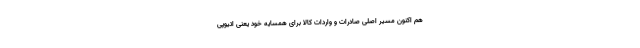
هم اکنون مسیر اصلی صادرات و واردات کالا برای همسایه خود یعنی اتیوپی